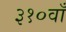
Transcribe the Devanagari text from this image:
३१०वाँ